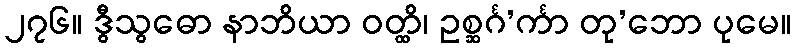
၂၇၆။ ဒွီသွဓော နာဘိယာ ဝတ္ထိ၊ ဥစ္ဆင်္ဂ’င်္ကာ တု’ဘော ပုမေ။